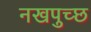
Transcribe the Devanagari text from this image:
नखपुच्छ